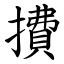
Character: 㩌